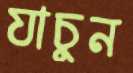
যাচুন